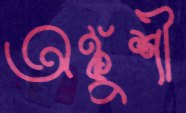
অঙ্কুশী